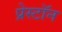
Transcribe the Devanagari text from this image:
प्रेस्टॉन